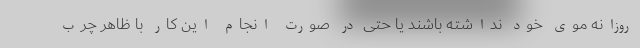
روزانه موی خود نداشته باشند یا حتی در صورت انجام این کار با ظاهر چرب